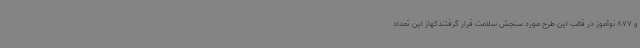
و 877 نوآموز در قالب این طرح مورد سنجش سلامت قرار گرفتندکهاز این تعداد